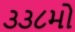
૩૩૮મો